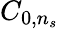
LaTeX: C_{0,n_{s}}